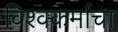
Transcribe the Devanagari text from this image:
विश्‍वकर्माचा